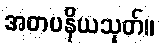
အတပနိယသုတ်။